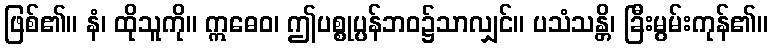
ဖြစ်၏။ နံ၊ ထိုသူကို။ ဣဓေဝ၊ ဤပစ္စုပ္ပန်ဘဝ၌သာလျှင်။ ပသံသန္တိ၊ ခြီးမွမ်းကုန်၏။